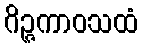
ဂိဉ္ဇကာဝသထံ